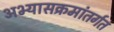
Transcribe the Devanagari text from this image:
अभ्यासक्रमांतर्गत